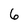
Character: 6